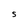
Character: S